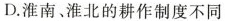
D.淮南、淮北的耕作制度不同